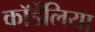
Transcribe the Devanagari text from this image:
कॉर्डेलिया